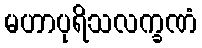
မဟာပုရိသလက္ခဏံ